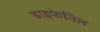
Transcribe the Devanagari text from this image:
डाइफेनिल